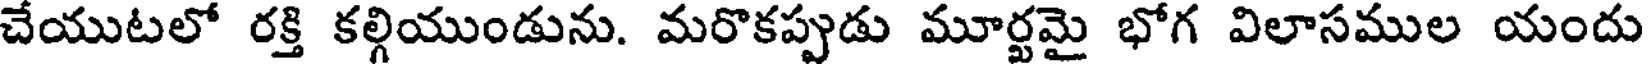
చేయుటలో రక్తి కల్గియుండును. మరొకప్పుడు మూర్టమై భోగ విలాసముల యందు